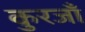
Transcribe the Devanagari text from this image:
कुरजाँ